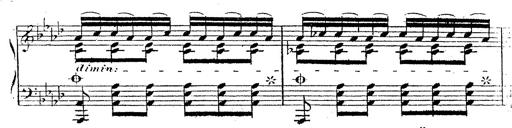
Title: 12 Lieder von Franz Schubert
Composer: Franz Liszt